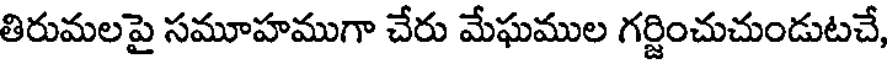
తిరుమలపై సమూహముగా చేరు మేఘముల గర్జించుచుండుటచే,